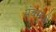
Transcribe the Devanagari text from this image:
पंचभुजों